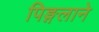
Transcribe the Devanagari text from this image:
पिङ्गलाने